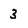
Character: 3